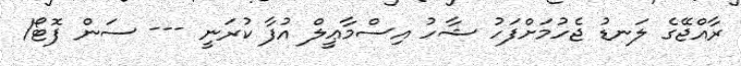
ރާއްޖޭގެ ލަނޑު ޖެހުމަށްފަހު ޝާހު އިސްމާޢީލް އުފާ ކުރަނީ --- ސަން ފޮޓޯ/